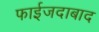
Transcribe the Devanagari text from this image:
फाईजदाबाद